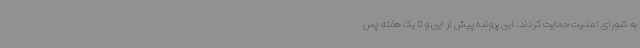
به شورای امنیت حمایت کردند. این پرونده پیش از این و تا یک هفته پس